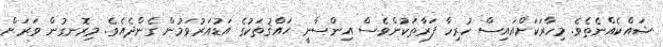
ޝައްކެއްނެތެވެ. މިހާރަކަށްއައިސް ހުރިހާ ފަރާތަކުންވެސް އިންސާނީ ޙައްޤުތަކުގެ އަޑުއަރުވަމުން ގެންދެއެވެ. މިރޮނގުން ވަރަށް